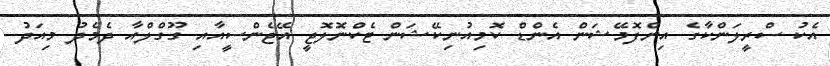
އެކު ސްރީލަންކާގެ އިންފޮމޭޝަން އެންޑް ކޮމިއުނިކޭޝަން ޓެކްނޮލޮޖީ އޭޖެންސީއާއި ގޫގްލްއާ ދެމެދު މިއަދު